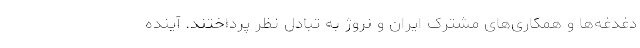
دغدغه‌ها و همکاری‌های مشترک ایران و نروژ به تبادل نظر پرداختند. آینده